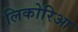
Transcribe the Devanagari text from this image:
लिकोरिआ